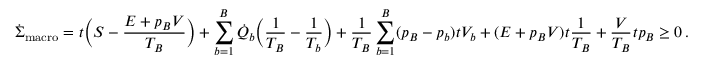
\dot { \Sigma } _ { \mathrm { m a c r o } } = \d _ { t } \bigg ( S - \frac { E + p _ { B } V } { T _ { B } } \bigg ) + \sum _ { b = 1 } ^ { B } \dot { Q } _ { b } \bigg ( \frac { 1 } { T _ { B } } - \frac { 1 } { T _ { b } } \bigg ) + \frac { 1 } { T _ { B } } \sum _ { b = 1 } ^ { B } ( p _ { B } - p _ { b } ) \d _ { t } V _ { b } + ( E + p _ { B } V ) \d _ { t } \frac { 1 } { T _ { B } } + \frac { V } { T _ { B } } \d _ { t } p _ { B } \geq 0 \, .